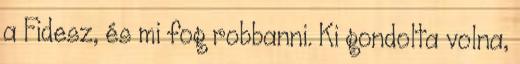
a Fidesz, és mi fog robbanni. Ki gondolta volna,